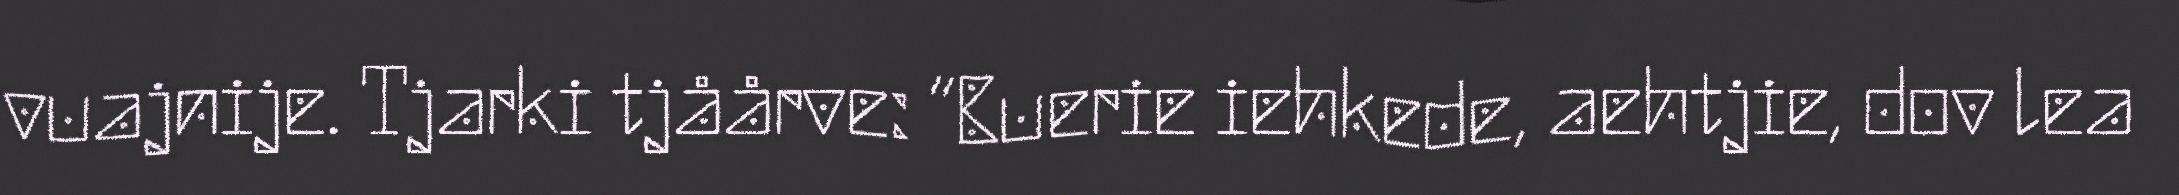
vuajnije. Tjarki tjåårve: “Buerie iehkede, aehtjie, dov lea